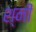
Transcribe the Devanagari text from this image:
श्नी